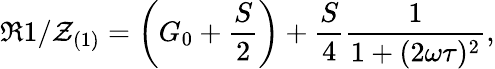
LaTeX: \Re{1/\mathcal{Z}_{(1)}}=\left(G_{0}+\frac{{S}}{{2}}\right)+\frac{{S}}{{4}}\frac{{1}}{{1+(2\omega\tau)^{2}}},